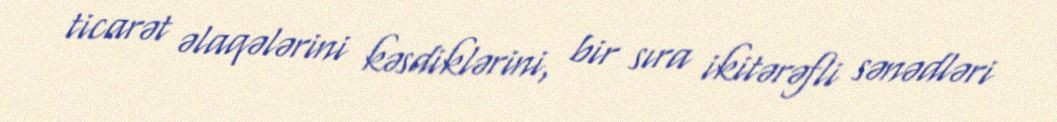
ticarət əlaqələrini kəsdiklərini, bir sıra ikitərəfli sənədləri